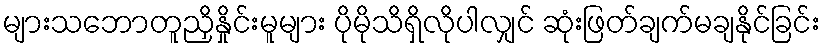
များသဘောတူညှိနှိုင်းမူများ ပိုမိုသိရှိလိုပါလျှင် ဆုံးဖြတ်ချက်မချနိုင်ခြင်း